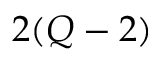
2 ( Q - 2 )